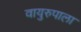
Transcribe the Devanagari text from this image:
वायुरुपाला